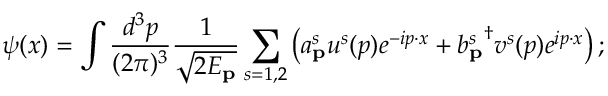
\psi ( x ) = \int \frac { d ^ { 3 } p } { ( 2 \pi ) ^ { 3 } } \frac { 1 } { \sqrt { 2 E _ { \mathbf { p } } } } \sum _ { s = 1 , 2 } \left( a _ { \mathbf { p } } ^ { s } u ^ { s } ( p ) e ^ { - i p \cdot x } + { b _ { \mathbf { p } } ^ { s } } ^ { \dagger } v ^ { s } ( p ) e ^ { i p \cdot x } \right) ;